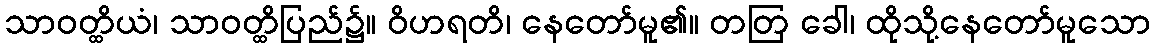
သာဝတ္ထိယံ၊ သာဝတ္ထိပြည်၌။ ဝိဟရတိ၊ နေတော်မူ၏။ တတြ ခေါ၊ ထိုသို့နေတော်မူသော